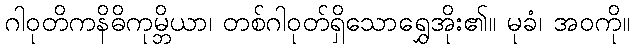
ဂါဝုတိကနိဓိကုမ္ဘိယာ၊ တစ်ဂါဝုတ်ရှိသောရွှေအိုး၏။ မုခံ၊ အဝကို။